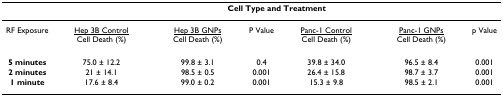
<table><thead><tr><td></td><td colspan="6"><b>Cell Type and Treatment</b></td></tr></thead><tbody><tr><td>RF Exposure</td><td><underline>Hep 3B Control</underline> Cell Death (%)</td><td><underline>Hep 3B GNPs</underline> Cell Death (%)</td><td>P Value</td><td><underline>Panc-1 Control</underline> Cell Death (%)</td><td><underline>Panc-1 GNPs</underline> Cell Death (%)</td><td>p Value</td></tr><tr><td><b>5 minutes</b></td><td>75.0 ± 12.2</td><td>99.8 ± 3.1</td><td>0.4</td><td>39.8 ± 34.0</td><td>96.5 ± 8.4</td><td>0.001</td></tr><tr><td><b>2 minutes</b></td><td>21 ± 14.1</td><td>98.5 ± 0.5</td><td>0.001</td><td>26.4 ± 15.8</td><td>98.7 ± 3.7</td><td>0.001</td></tr><tr><td><b>1 minute</b></td><td>17.6 ± 8.4</td><td>99.0 ± 0.2</td><td>0.001</td><td>15.3 ± 9.8</td><td>98.5 ± 2.1</td><td>0.001</td></tr></tbody></table>